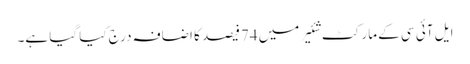
ایل آئی سی کے مارکٹ شئیر میں 74فیصد کا اضافہ درج کیا گیا ہے۔